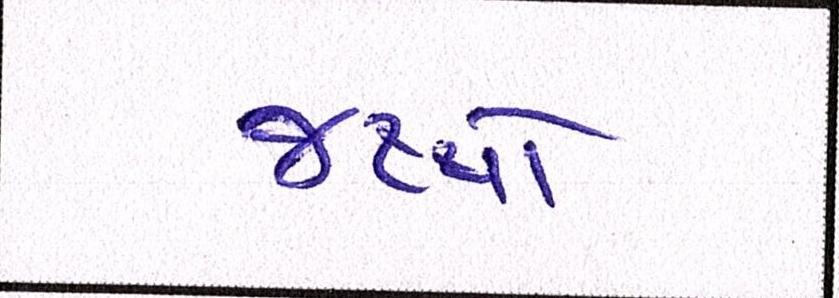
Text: જથ્થો